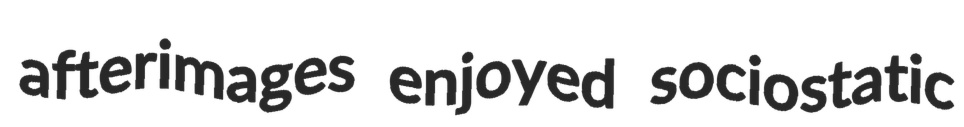
afterimages enjoyed sociostatic